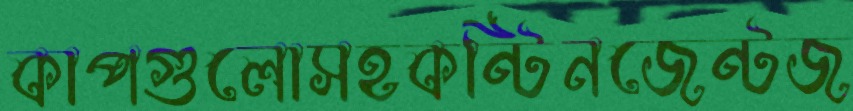
কাপগুলোসহকন্টিনজেন্টজ